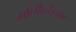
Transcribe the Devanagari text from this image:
मॉलीब्लेडनम